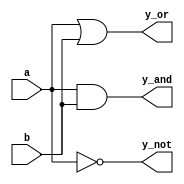
module simple_continuous_assignment (
    input wire a,      // Input A
    input wire b,      // Input B
    output wire y_and, // Output for AND gate
    output wire y_or,  // Output for OR gate
    output wire y_not   // Output for NOT gate
);

    // Continuous assignment for AND operation
    assign y_and = a & b;

    // Continuous assignment for OR operation
    assign y_or = a | b;

    // Continuous assignment for NOT operation
    assign y_not = ~a;

endmodule